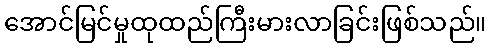
အောင်မြင်မှုထုထည်ကြီးမားလာခြင်းဖြစ်သည်။